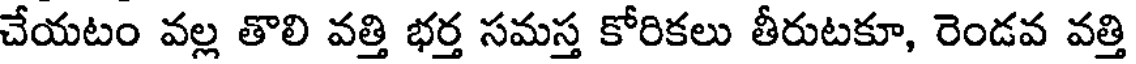
చేయటం వల్ల తొలి వత్తి భర్త సమస్త కోరికలు తీరుటకూ, రెండవ వత్తి